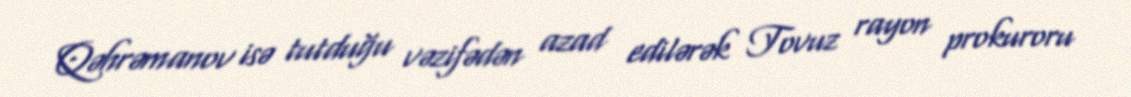
Qəhrəmanov isə tutduğu vəzifədən azad edilərək Tovuz rayon prokuroru